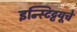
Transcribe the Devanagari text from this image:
इन्स्टिट्टयूचे